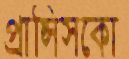
প্রান্সিসকো